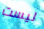
ليست